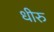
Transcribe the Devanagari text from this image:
धीरु